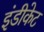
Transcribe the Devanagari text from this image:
इंडीकेट